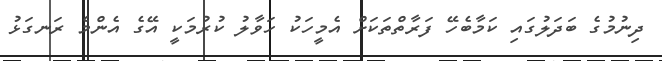
ދިނުމުގެ ބަދަލުގައި ކަމާބެހޭ ފަރާތްތަކަށް އެމީހަކު ހަވާލު ކުރުމަކީ އޭގެ އެންމެ ރަނގަޅު